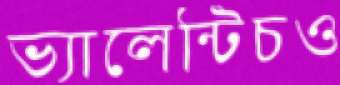
ভ্যালেন্টিচও